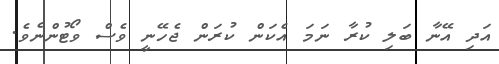
އަދި އޭނާ ބަލި ކުރާ ނަމަ އެކަން ކުރަން ޖެހޭނީ ވެސް ވޯޓުންނެވެ.